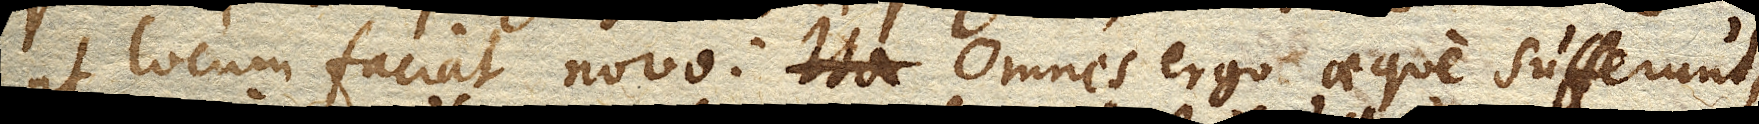
ut locum faciat novo: omnes ergo aeque sufferunt,